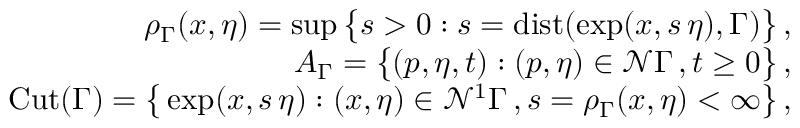
\begin{array} { r l r } & { } & { \rho _ { \Gamma } ( x , \eta ) = \operatorname* { s u p } \big \{ s > 0 : s = \mathrm { d i s t } ( \exp ( x , s \, \eta ) , \Gamma ) \big \} \, , } \\ & { } & { A _ { \Gamma } = \big \{ ( p , \eta , t ) : ( p , \eta ) \in \mathcal { N } \Gamma \, , t \ge 0 \big \} \, , } \\ & { } & { \mathrm { C u t } ( \Gamma ) = \big \{ \exp ( x , s \, \eta ) : ( x , \eta ) \in \mathcal { N } ^ { 1 } \Gamma \, , s = \rho _ { \Gamma } ( x , \eta ) < \infty \big \} \, , } \end{array}